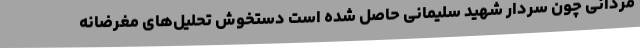
مردانی چون سردار شهید سلیمانی حاصل شده است دستخوش تحلیل‌های مغرضانه